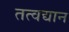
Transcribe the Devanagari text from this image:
तत्वद्यान